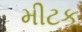
મીટક